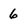
Character: 6